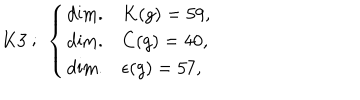
K 3 ~ ; ~ \left\{ \begin{array} { l l } { { \mathrm { d i m . } } } & { { K ( g ) = 5 9 , } } \\ { { \mathrm { d i m . } } } & { { C ( g ) = 4 0 , } } \\ { { \mathrm { d i m . } } } & { { \epsilon ( g ) = 5 7 , } } \\ \end{array} \right.